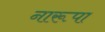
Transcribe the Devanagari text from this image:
नारूपा